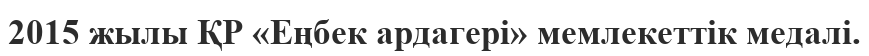
2015 жылы ҚР «Еңбек ардагері» мемлекеттік медалі.